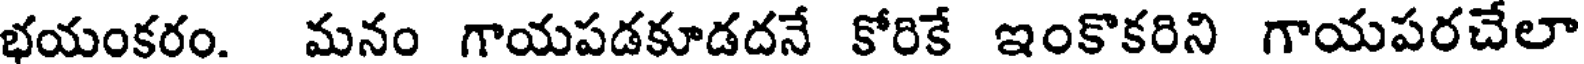
భయంకరం. మనం గాయపడకూడదనే కోరికే ఇంకొకరిని గాయపరచేలా